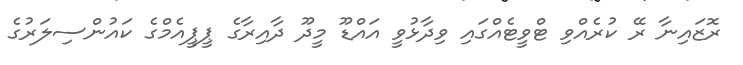
ރޮޒައިނާ ރޭ ކުރެއްވި ޓްވީޓެއްގައި ވިދާޅުވީ އައްޑޫ މީދޫ ދާއިރާގެ ޕީޕީއެމްގެ ކައުންސިލަރުގެ